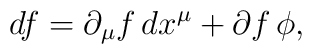
df = \partial_\mu f\, dx^\mu + \partial f\, \phi,